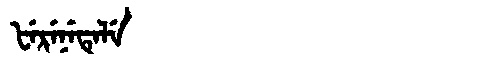
Manchu: ᡶᡝᡵᡝᠨᡝᡨᡝᠯᡝ
Romanization: FERENETELE